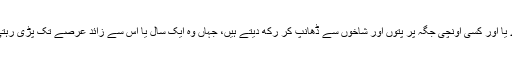
میری نووا افراد اپنے کسی عزیز کی موت کے بعد اس کی لاش کو کسی بلند چبوترے یا اور کسی اونچی جگہ پر پتوں اور شاخوں سے ڈھانپ کر رکھ دیتے ہیں، جہاں وہ ایک سال یا اس سے زائد عرصے تک پڑی رہتی ہے یہاں تک کہ وہ پوری طرح بوسیدہ ہو کر گل سڑ جائے اور ہڈیاں باقی رہ جائیں۔